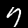
Label: 7